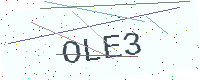
Text: OLE3